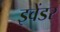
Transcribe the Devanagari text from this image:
इवेंडर